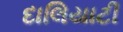
દાલિયાટી